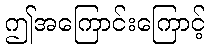
ဤအကြောင်းကြောင့်